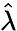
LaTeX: \hat{\lambda}